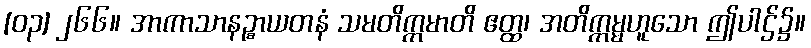
[၀၃] ၂၆၆။ အာကာသာနဉ္စာယတနံ သမတိက္ကမာတိ ဧတ္ထ၊ အတိက္ကမ္မဟူသော ဤပါဌ်၌။